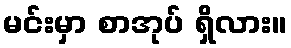
မင်းမှာ စာအုပ် ရှိလား။